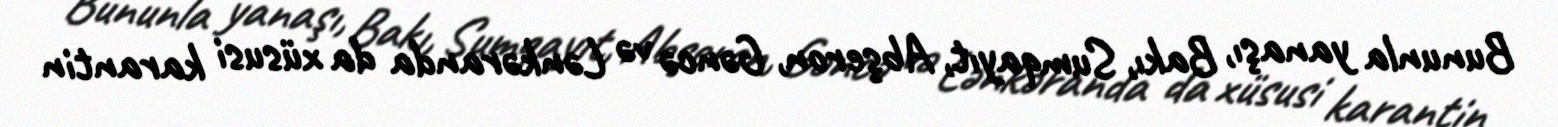
Bununla yanaşı, Bakı, Sumqayıt, Abşeron, Gəncə və Lənkəranda da xüsusi karantin